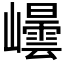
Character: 𭗮